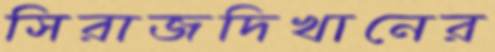
সিরাজদিখানের